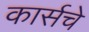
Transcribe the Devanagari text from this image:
कार्सचे